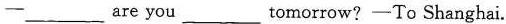
— ___ are you ___ tomorrow? —To Shanghai.